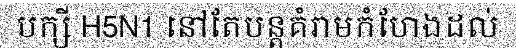
បក្សី H5N1 នៅតែបន្តគំរាមកំហែងដល់